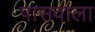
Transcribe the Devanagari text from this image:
पासवाला